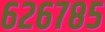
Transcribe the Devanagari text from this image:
६२६७८५